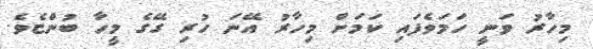
މިހާރު ވަނީ ހަމަވެފައި ކަމަށް މިހާރު އޭނަ ހުރި ގޭގެ މީހާ ބުންޏެވެ.